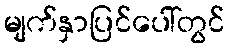
မျက်နှာပြင်ပေါ်တွင်